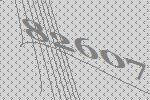
82607